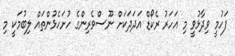
ފަހުމީ ވިދާޅުވީ މި އަހަރު ރެކޯޑް އަދަދަކަށް ނޫސްވެރިންގެ ހުށަހެޅުންތައް ލިބުމަކީ މި